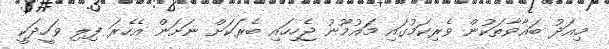
މިއަދު ބަޣާވާތަކުން ވެރިކަމުގައި މައުމޫނު ޖެހިހައި ބެރަކަށް ނަށަން އެހެރަ ފިލި ވަހީދަކީ